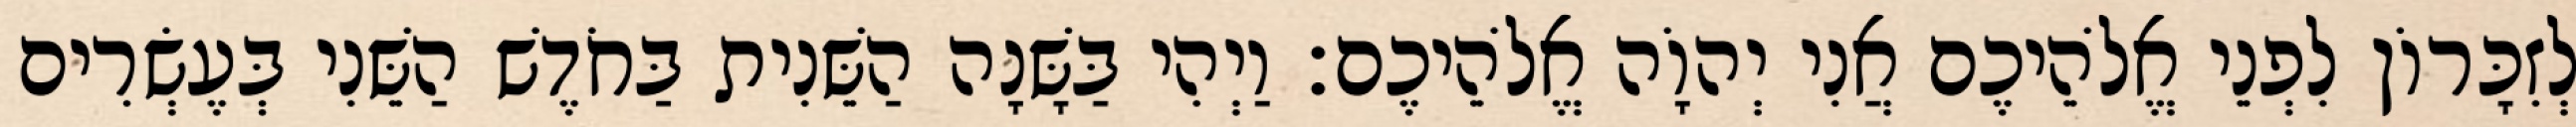
לְזִכָּרוֹן לִפְנֵי אֱלֹהֵיכֶם אֲנִי יְהוָֹה אֱלֹהֵיכֶם׃ וַיְהִי בַּשָּׁנָה הַשֵּׁנִית בַּחֹדֶשׁ הַשֵּׁנִי בְּעֶשְׂרִים